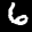
Label: 6